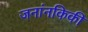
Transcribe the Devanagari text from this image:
जनांनकिकी